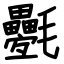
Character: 氎